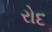
રોદ